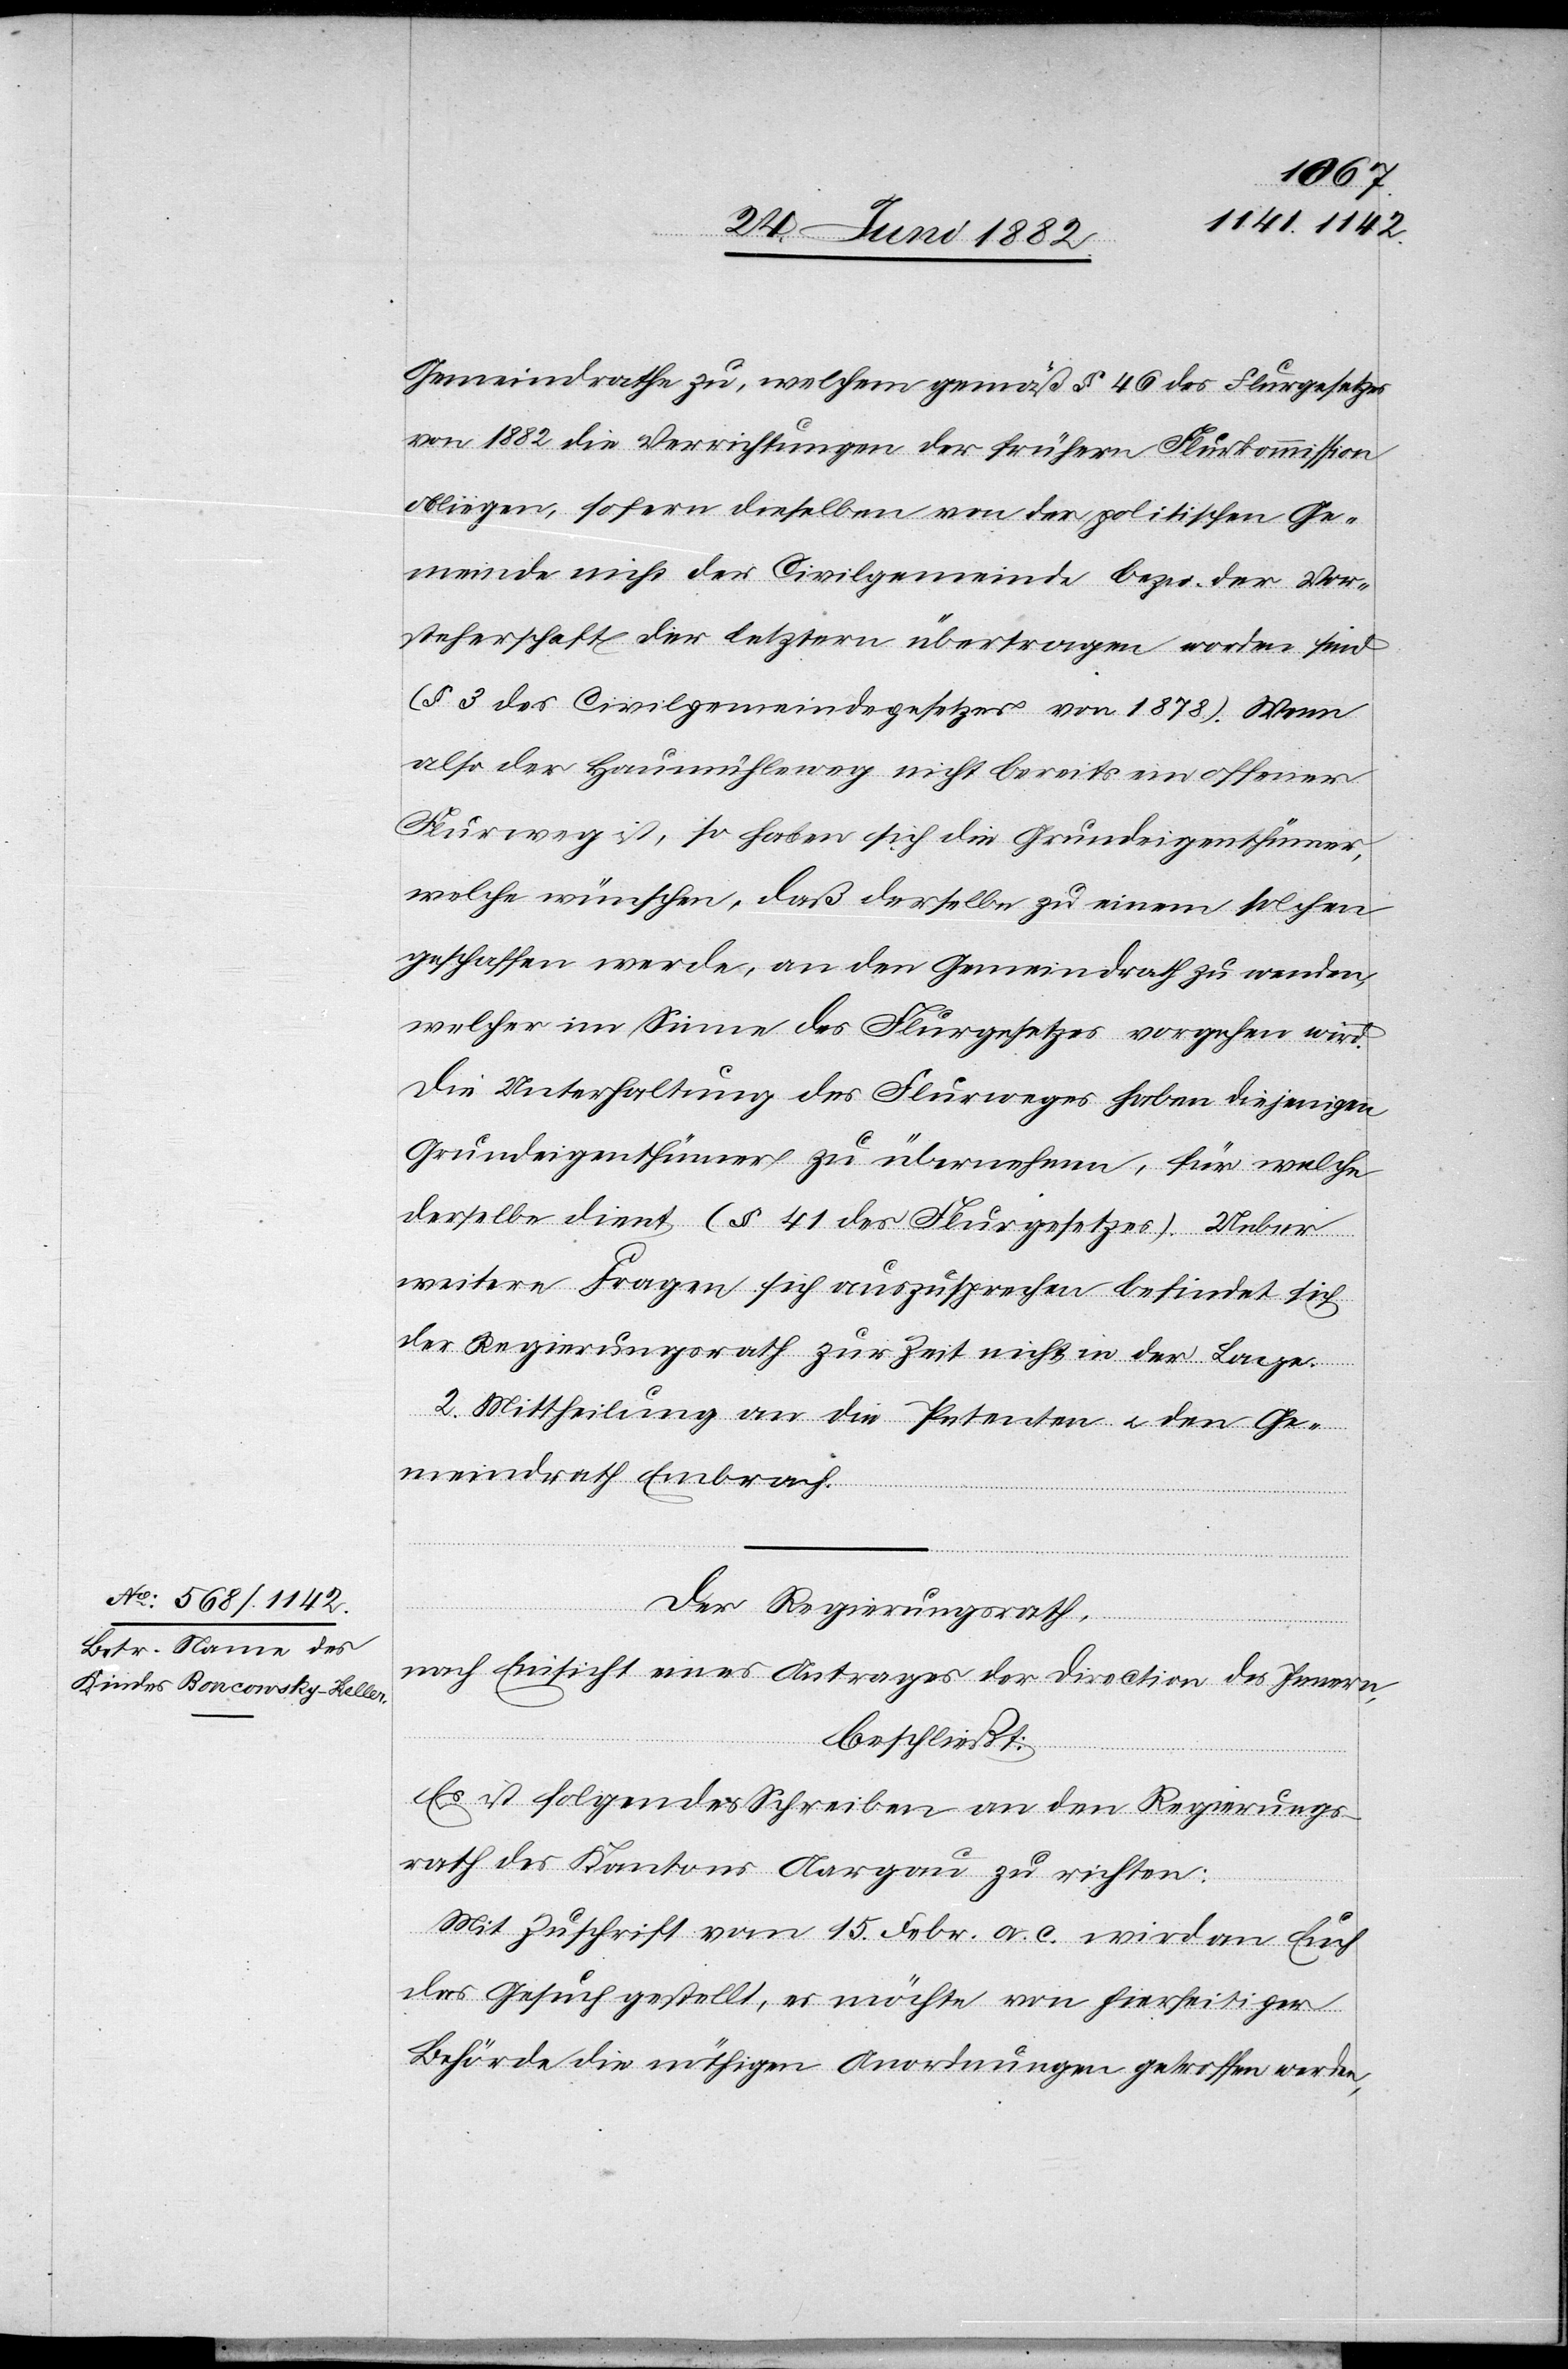
Gemeindrathe zu, welchem gemäß § 46 des Flurgesetzes
von 1882 die Verrichtungen der frühern Flurkommission
obliegen, sofern dieselben von der politischen Ge¬
meinde nicht der Civilgemeinde bezw. der Vor¬
steherschaft der letztern übertragen worden sind
(§ 3 des Civilgemeindegesetzes von 1878). Wenn
also der Hausmühleweg nicht bereits ein offener
Flurweg ist, so haben sich die Grundeigenthümer,
welche wünschen, daß derselbe zu einem solchen
geschaffen werde, an den Gemeindrath zu wenden,
welcher im Sinne des Flurgesetzes vorgehen wird.
Die Unterhaltung des Flurweges haben diejenigen
Grundeigenthümer zu übernehmen, für welche
derselbe dient (§ 41 des Flurgesetzes). Ueber
weitere Fragen sich auszusprechen befindet sich
der Regierungsrath zur Zeit nicht in der Lage.
2. Mittheilung an die Petenten u. den Ge¬
meindrath Embrach.
Der Regierungsrath,
nach Einsicht eines Antrages der Direction des Innern,
beschließt:
Es ist folgendes Schreiben an den Regierungs¬
rath des Kantons Aargau zu richten:
Mit Zuschrift vom 15. Febr. a. c. wird an Euch
das Gesuch gestellt, es möchte[n] von hierseitiger
Behörde die nöthigen Anordnungen getroffen werde[n],